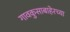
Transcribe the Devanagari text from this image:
गावकुसाबाहेरच्या